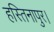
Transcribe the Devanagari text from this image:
हस्तिनापुर।